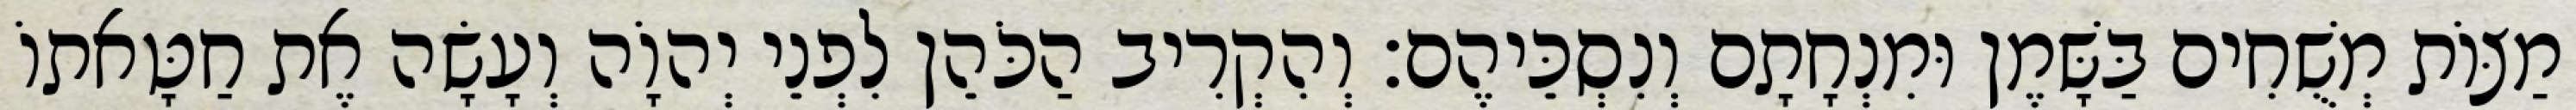
מַצּוֹת מְשֻׁחִים בַּשָּׁמֶן וּמִנְחָתָם וְנִסְכֵּיהֶם׃ וְהִקְרִיב הַכֹּהֵן לִפְנֵי יְהוָֹה וְעָשָׂה אֶת חַטָּאתוֹ